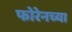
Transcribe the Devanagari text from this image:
फोरेनच्या